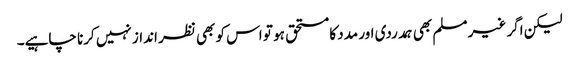
لیکن اگر غیر مسلم بھی ہمدردی اور مدد کا مستحق ہو تو اس کو بھی نظر انداز نہیں کرنا چاہیے۔